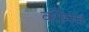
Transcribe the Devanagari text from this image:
कींमत